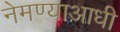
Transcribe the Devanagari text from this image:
नेमण्याआधी